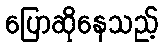
ပြောဆိုနေသည့်